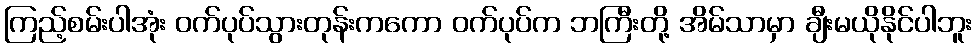
ကြည့်စမ်းပါအုံး ဝက်ပုပ်သွားတုန်းကကော ဝက်ပုပ်က ဘကြီးတို့ အိမ်သာမှာ ချီးမယိုနိုင်ပါဘူး